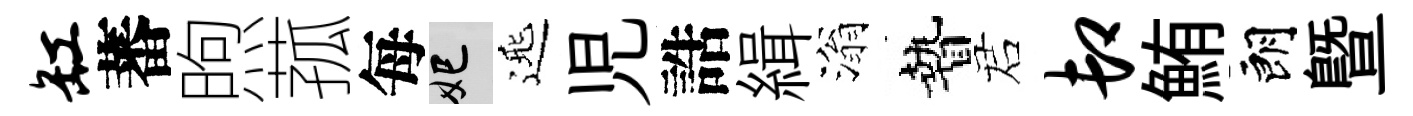
缸蕃煦菰每妃𨓱児誥緝滃贄诺卸鮪朗暨